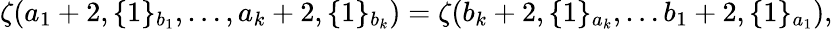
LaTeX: \zeta(a_{1}+2,\{ 1\} _{b_{1}},\dots,a_{k}+2,\{ 1\} _{b_{k}})=\zeta(b_{k}+2,\{ 1\} _{a_{k}},\dots b_{1}+2,\{ 1\} _{a_{1}}),